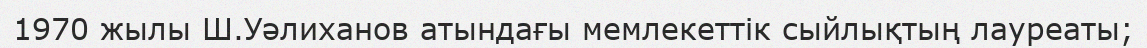
1970 жылы Ш.Уәлиханов атындағы мемлекеттік сыйлықтың лауреаты;